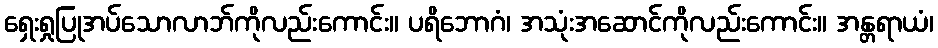
ရှေးရှုပြုအပ်သောလာဘ်ကိုလည်းကောင်း။ ပရိဘောဂံ၊ အသုံးအဆောင်ကိုလည်းကောင်း။ အန္တရာယံ၊